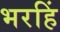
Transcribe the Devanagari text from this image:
भरहिं